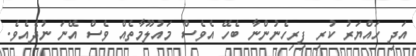
އަދި ހައްޔަރު ކުރި ފިރިހެނުންނާ ބެހޭ އެވެސް މައުލޫމާތެއް ވެސް އޭނަ ނުދެއެވެ.